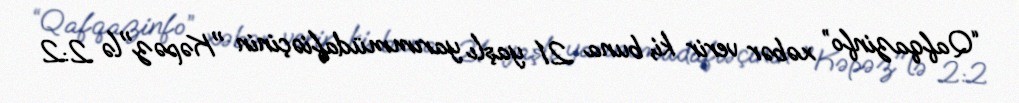
“Qafqazinfo” xəbər verir ki, buna 21 yaşlı yarımmüdafiəçinin "Kəpəz"lə 2:2